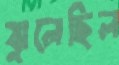
ঝুলেছিল